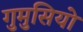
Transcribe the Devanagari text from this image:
गुमुसियो